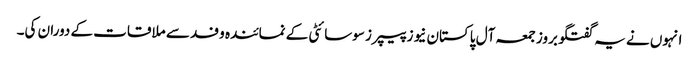
انہوں نے یہ گفتگو بروز جمعہ آل پاکستان نیوز پیپرز سوسائٹی کے نمائندہ وفد سے ملاقات کے دوران کی۔